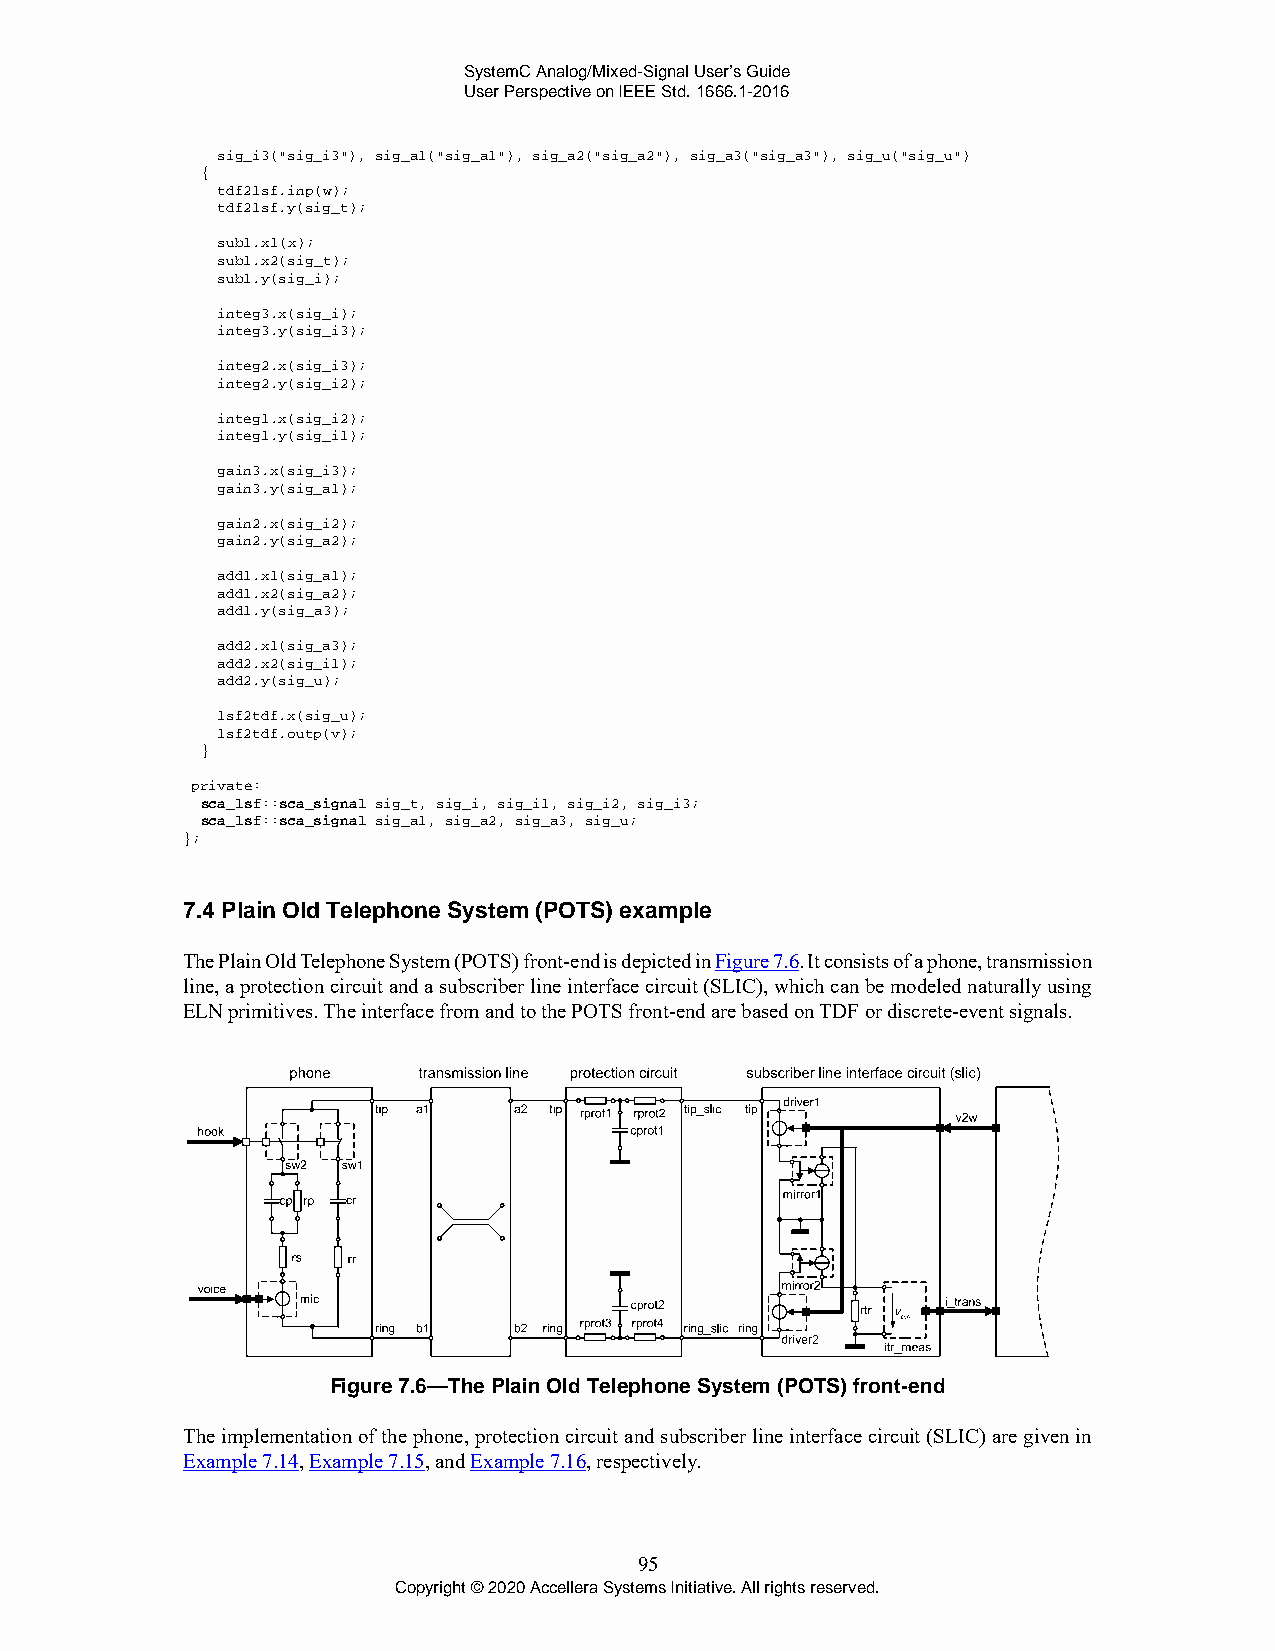
SystemC Analog/Mixed-Signal User’s Guide
 User Perspective on IEEE Std. 1666.1-2016
 sig_i3("sig_i3"), sig_a1("sig_a1"), sig_a2("sig_a2"), sig_a3("sig_a3"), sig_u("sig_u")
 {
 tdf2lsf.inp(w);
 tdf2lsf.y(sig_t);
 sub1.x1(x);
 sub1.x2(sig_t);
 sub1.y(sig_i);
 integ3.x(sig_i);
 integ3.y(sig_i3);
 integ2.x(sig_i3);
 integ2.y(sig_i2);
 integ1.x(sig_i2);
 integ1.y(sig_i1);
 gain3.x(sig_i3);
 gain3.y(sig_a1);
 gain2.x(sig_i2);
 gain2.y(sig_a2);
 add1.x1(sig_a1);
 add1.x2(sig_a2);
 add1.y(sig_a3);
 add2.x1(sig_a3);
 add2.x2(sig_i1);
 add2.y(sig_u);
 lsf2tdf.x(sig_u);
 lsf2tdf.outp(v);
 }
 private:
 sca_lsf::sca_signal sig_t, sig_i, sig_i1, sig_i2, sig_i3;
 sca_lsf::sca_signal sig_a1, sig_a2, sig_a3, sig_u;
 };
 7.4 Plain Old Telephone System (POTS) example
 The Plain Old Telephone System (POTS) front-end is depicted in Figure 7.6. It consists of a phone, transmission
 line, a protection circuit and a subscriber line interface circuit (SLIC), which can be modeled naturally using
 ELN primitives. The interface from and to the POTS front-end are based on TDF or discrete-event signals.
 Figure 7.6—The Plain Old Telephone System (POTS) front-end
 The implementation of the phone, protection circuit and subscriber line interface circuit (SLIC) are given in
 Example 7.14, Example 7.15, and Example 7.16, respectively.
 95
 Copyright © 2020 Accellera Systems Initiative. All rights reserved.